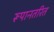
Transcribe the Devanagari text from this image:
रूपानतरित